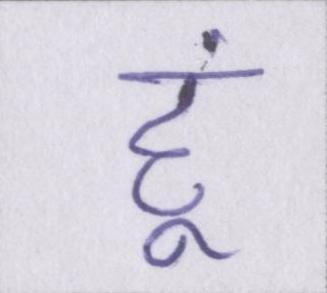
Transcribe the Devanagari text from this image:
हूं